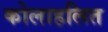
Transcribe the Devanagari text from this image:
कोलाहलित